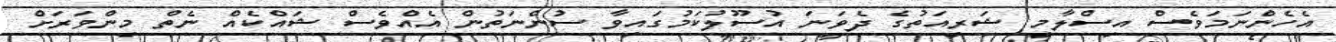
އެހެންނަމަވެސް އިސްލާމީ ޝަރީއަތުގެ ދެވަނަ އުސޫލުކަމުގައިވާ ސުންނަތުން އެއްވެސް ޝައްކެއް ނެތް މިންވަރަށް